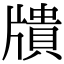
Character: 𤗴